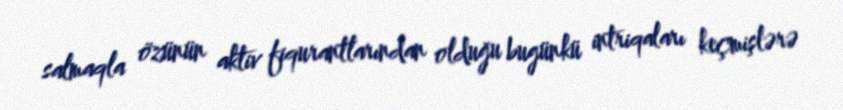
salmaqla özünün aktiv fiqurantlarından olduğu bugünkü intriqaları keçmişlərə